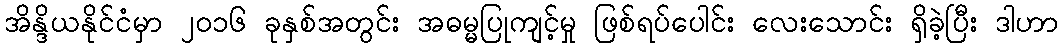
အိန္ဒိယနိုင်ငံမှာ ၂၀၁၆ ခုနှစ်အတွင်း အဓမ္မပြုကျင့်မှု ဖြစ်ရပ်ပေါင်း လေးသောင်း ရှိခဲ့ပြီး ဒါဟာ